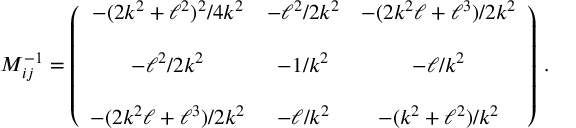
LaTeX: M _ { i j } ^ { - 1 } = \left( \begin{array} { c c c } { { - ( 2 k ^ { 2 } + \ell ^ { 2 } ) ^ { 2 } / 4 k ^ { 2 } } } & { { - \ell ^ { 2 } / 2 k ^ { 2 } } } & { { - ( 2 k ^ { 2 } \ell + \ell ^ { 3 } ) / 2 k ^ { 2 } } } \\ { { } } & { { } } & { { } } \\ { { - \ell ^ { 2 } / 2 k ^ { 2 } } } & { { - 1 / k ^ { 2 } } } & { { - \ell / k ^ { 2 } } } \\ { { } } & { { } } & { { } } \\ { { - ( 2 k ^ { 2 } \ell + \ell ^ { 3 } ) / 2 k ^ { 2 } } } & { { - \ell / k ^ { 2 } } } & { { - ( k ^ { 2 } + \ell ^ { 2 } ) / k ^ { 2 } } } \end{array} \right) \, .